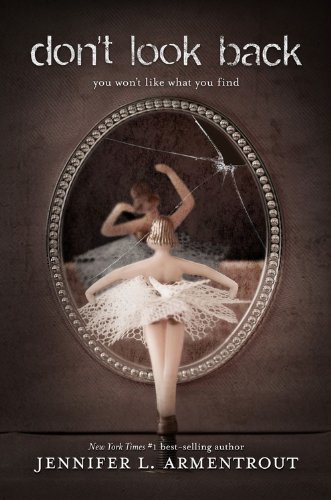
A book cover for Don't Look Back; Jennifer L. Armentrout; Teen & Young Adult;